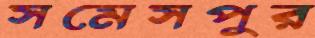
সমেসপুর